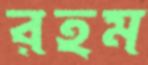
রহম